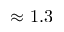
\approx 1 . 3